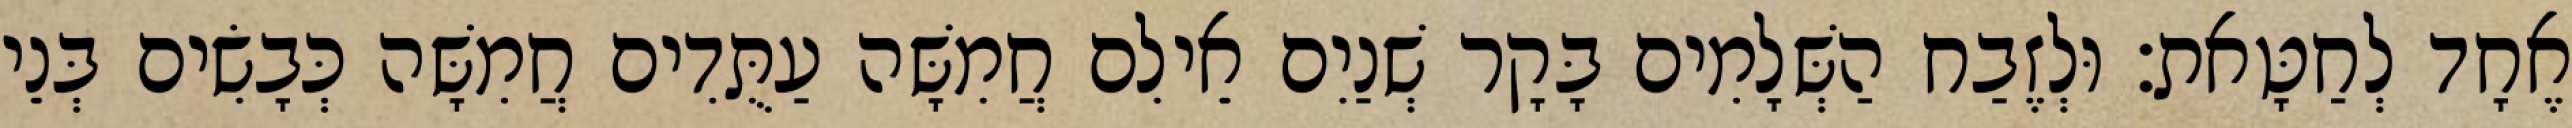
אֶחָד לְחַטָּאת׃ וּלְזֶבַח הַשְּׁלָמִים בָּקָר שְׁנַיִם אֵילִם חֲמִשָּׁה עַתֻּדִים חֲמִשָּׁה כְּבָשִׂים בְּנֵי